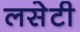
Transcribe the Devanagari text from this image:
लसेटी